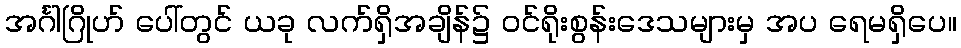
အင်္ဂါဂြိုဟ် ပေါ်တွင် ယခု လက်ရှိအချိန်၌ ဝင်ရိုးစွန်းဒေသများမှ အပ ရေမရှိပေ။